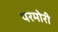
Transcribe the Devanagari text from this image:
परमोरी